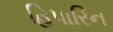
હિપારિન